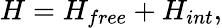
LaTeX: H=H_{free}+H_{int},